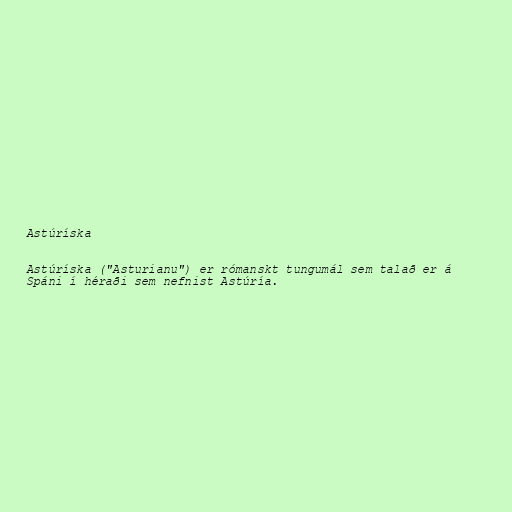
Astúríska

Astúríska ("Asturianu") er rómanskt tungumál sem talað er á
Spáni í héraði sem nefnist Astúría.